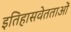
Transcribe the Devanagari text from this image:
इतिहासवेतताओं